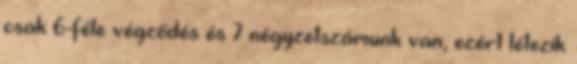
csak 6-féle végződés és 7 négyzetszámunk van, ezért létezik